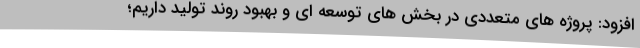
افزود: پروژه های متعددی در بخش های توسعه ای و بهبود روند تولید داریم؛